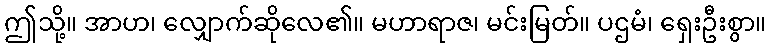
ဤသို့။ အာဟ၊ လျှောက်ဆိုလေ၏။ မဟာရာဇ၊ မင်းမြတ်။ ပဌမံ၊ ရှေးဦးစွာ။